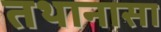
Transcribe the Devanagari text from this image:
तथानासा